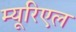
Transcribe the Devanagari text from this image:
म्यूरिएल